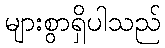
များစွာရှိပါသည်